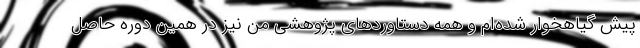
پیش گیاهخوار شده‌ام و همه دستاوردهای پژوهشی من نیز در همین دوره حاصل